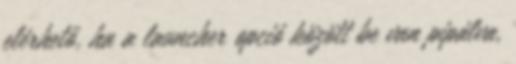
elérhető, ha a launcher opció között be van pipálva,